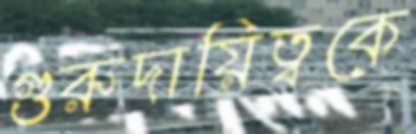
গুরুদায়িত্বকে